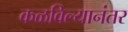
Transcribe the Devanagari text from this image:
कळविल्यानंतर